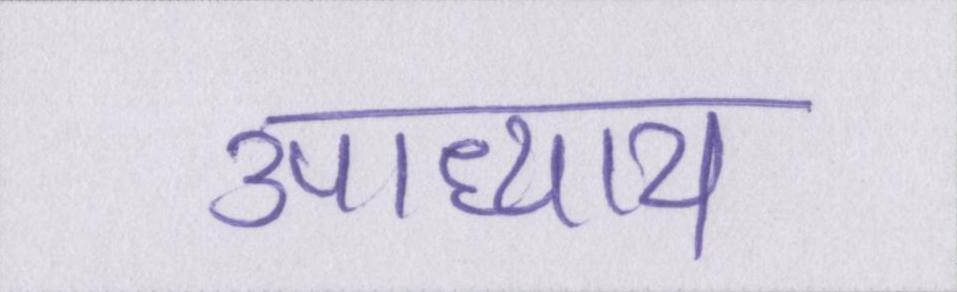
उपाध्याय